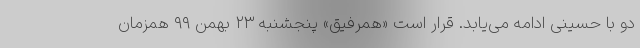
دو با حسینی ادامه می‌یابد. قرار است «همرفیق» پنجشنبه ۲۳ بهمن ۹۹ همزمان